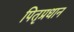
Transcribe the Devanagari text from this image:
पितृप्रधान